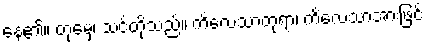
နေ၏။ တုမှေ၊ သင်တို့သည်။ ကိလေသာတုရာ၊ ကိလေသာအားဖြင့်